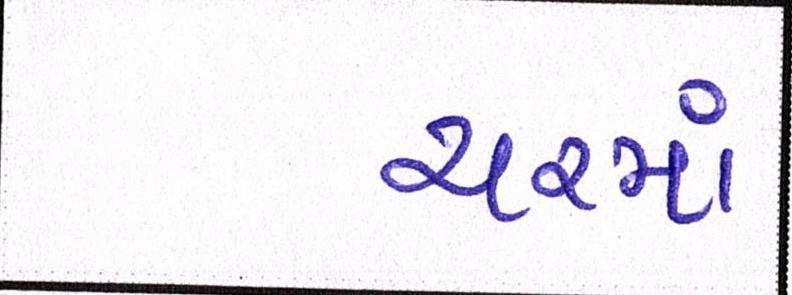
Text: યરમાં